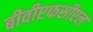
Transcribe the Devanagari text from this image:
बीवीएफसीएल